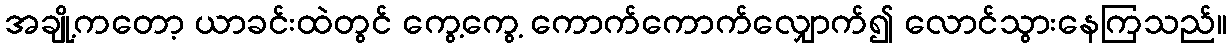
အချို့ကတော့ ယာခင်းထဲတွင် ကွေ့ကွေ့ ကောက်ကောက်လျှောက်၍ လောင်သွားနေကြသည်။